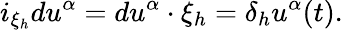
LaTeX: i_{\xi_{h}}du^{\alpha}=du^{\alpha}\cdot\xi_{h}=\delta_{h}u^{\alpha}(t).